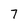
Character: 7